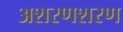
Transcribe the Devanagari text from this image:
अशरणशरण